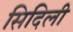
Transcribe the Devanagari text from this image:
सिदिली